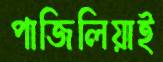
পাজিলিয়াই